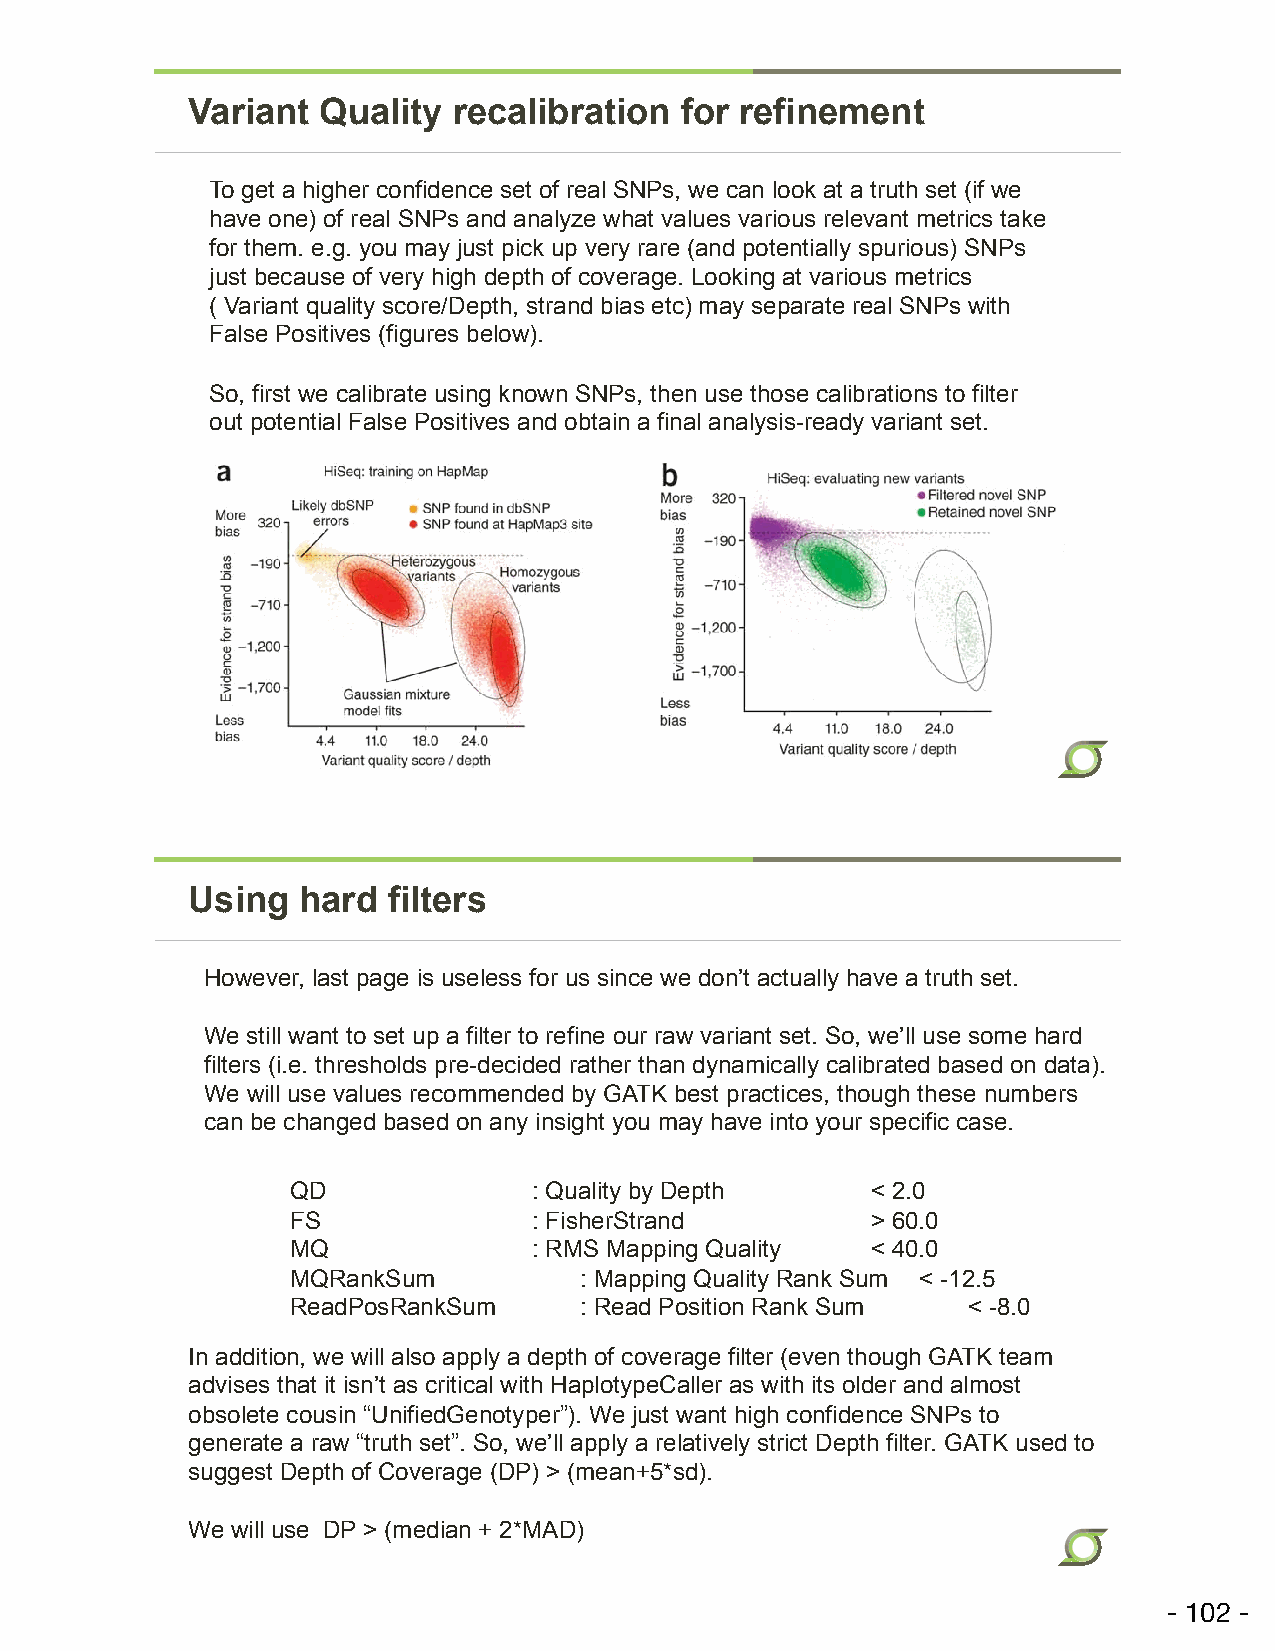
Variant  Quality  recalibration  for refinement
 To get a higher confidence set of real SNPs, we can look at a truth set (if we
 have one) of real SNPs and analyze what values various relevant metrics take
 for them. e.g. you may just pick up very rare (and potentially spurious) SNPs
 just because of very high depth of coverage. Looking at various metrics
 ( Variant quality score/Depth, strand bias etc) may separate real SNPs with
 False Positives (figures below).
 So, first we calibrate using known SNPs, then use those calibrations to filter
 out potential False Positives and obtain a final analysis-ready variant set.
 Using   hard  filters
 However, last page is useless for us since we don’t actually have a truth set.
 We still want to set up a filter to refine our raw variant set. So, we’ll use some hard
 filters (i.e. thresholds pre-decided rather than dynamically calibrated based on data).
 We will use values recommended by GATK best practices, though these numbers
 can be changed based on any insight you may have into your specific case.
 QD              : Quality by Depth     < 2.0
 FS              : FisherStrand         > 60.0
 MQ              : RMS Mapping Quality  < 40.0
 MQRankSum          : Mapping Quality Rank Sum < -12.5
 ReadPosRankSum     : Read Position Rank Sum  < -8.0
 In addition, we will also apply a depth of coverage filter (even though GATK team
 advises that it isn’t as critical with HaplotypeCaller as with its older and almost
 obsolete cousin “UnifiedGenotyper”). We just want high confidence SNPs to
 generate a raw “truth set”. So, we’ll apply a relatively strict Depth filter. GATK used to
 suggest Depth of Coverage (DP) > (mean+5*sd).
 We will use DP > (median + 2*MAD)